Punjab Mental Hospital Lahore 1932-46 - 1932-1946
Year: 1932
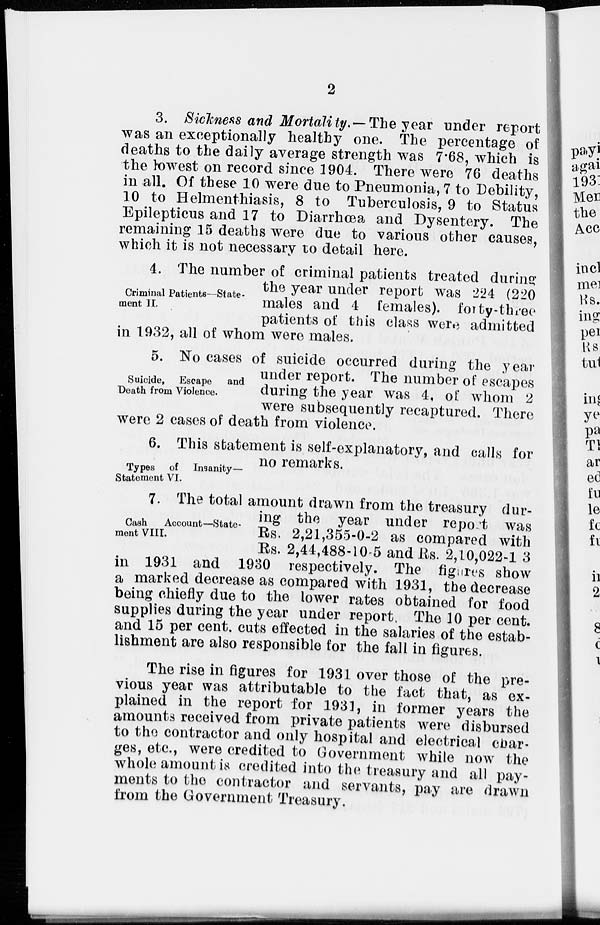
2
3. Sickness and Mortality.— The year under report
was an exceptionally healthy one. The percentage of
deaths to the daily average strength was 7.68, which is
the lowest on record since 1904. There were 76 deaths
in all. Of these 10 were due to Pneumonia, 7 to Debility,
10 to Helmenthiasis, 8 to Tuberculosis, 9 to Status
Epilepticus and 17 to Diarrhœa and Dysentery. The
remaining 15 deaths were due to various other causes,
which it is not necessary to detail here.
Criminal Patients—State-
ment II.
4. The number of criminal patients treated during
the year under report was 224 (220
males and 4 females). forty-three
patients of this class were admitted
in 1932, all of whom were males.
Suicide, Escape and
Death from Violence.
5. No cases of suicide occurred during the year
under report. The number of escapes
during the year was 4, of whom 2
were subsequently recaptured. There
were 2 cases of death from violence.
Types of Insanity-
Statement VI.
6. This statement is self-explanatory, and calls for
no remarks.
Cash Account—State-
ment VIII.
7. The total amount drawn from the treasury dur-
ing the year under report was
Rs. 2,21,355-0-2 as compared with
Rs. 2,44,488-10-5 and Rs. 2,10,022-1 3
in 1931 and 1930 respectively. The figures show
a marked decrease as compared with 1931, the decrease
being chiefly due to the lower rates obtained for food
supplies during the year under report. The 10 per cent.
and 15 per cent. cuts effected in the salaries of the estab-
lishment are also responsible for the fall in figures.
The rise in figures for 1931 over those of the pre-
vious year was attributable to the fact that, as ex-
plained in the report for 1931, in former years the
amounts received from private patients were disbursed
to the contractor and only hospital and electrical char-
ges, etc., were credited to Government while now the
whole amount is credited into the treasury and all pay-
ments to the contractor and servants, pay are drawn
from the Government Treasury.